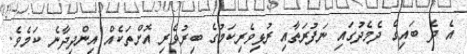
އެ ދެ ބައިގެ ދެމެދުގައި ނަފުރަތާއި ރުޅިވެރިކަމުގެ ބިރުވެރި އޮށްތަކެއް އިންދިދާނެ ކަމެވެ.